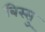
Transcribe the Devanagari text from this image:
बिस्सु